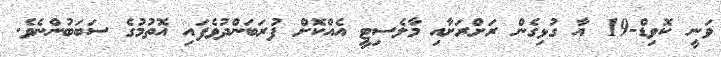
ވަނީ ކޮވިޑް-19 އާ ގުޅިގެން ރަށްރަށާއި މާލެސިޓީ އެއްކޮށް ފުރަބަންދުވެފައި އޮތުމުގެ ސަބަބުންނެވެ.